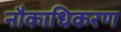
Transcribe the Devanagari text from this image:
नौकाधिकरण